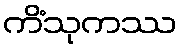
ကိံသုကဿ